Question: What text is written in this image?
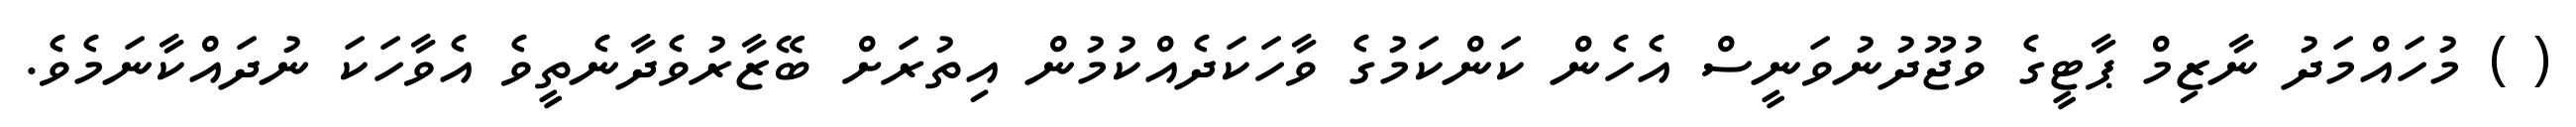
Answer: ( ) މުހައްމަދު ނާޒިމް ޕާޓީގެ ވުޖޫދުނުވަނީސް އެހެން ކަންކަމުގެ ވާހަކަދެއްކުމުން އިތުރަށް ބޭޒާރުވެދާނެތީވެ އެވާހަކަ ނުދައްކާނަމެވެ.